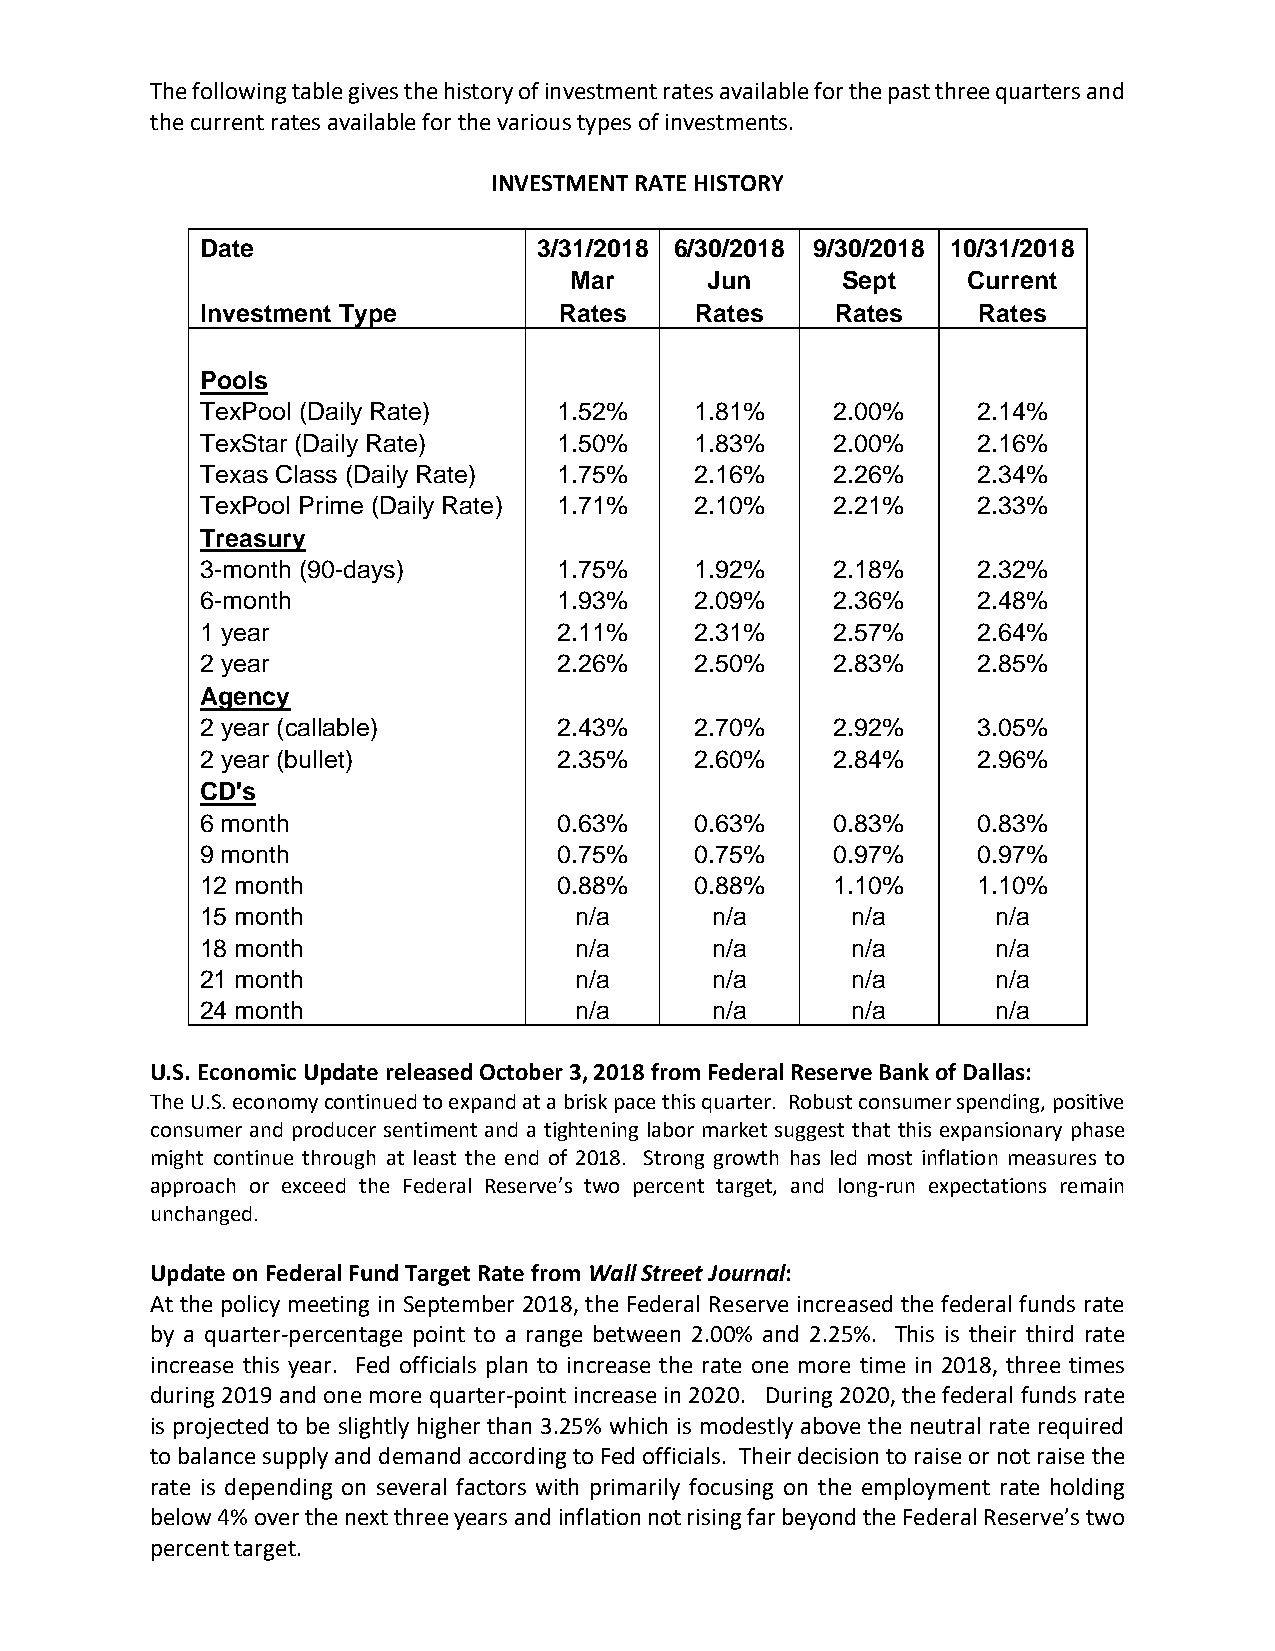
The following table gives the history of investment rates available for the past three quarters and
 the current rates available for the various types of investments.
 INVESTMENT RATE HISTORY
 Date                   3/31/2018 6/30/2018 9/30/2018 10/31/2018
 Mar      Jun      Sept    Current
 Investment Type         Rates    Rates    Rates     Rates
 Pools
 TexPool (Daily Rate)    1.52%    1.81%    2.00%     2.14%
 TexStar (Daily Rate)    1.50%    1.83%    2.00%     2.16%
 Texas Class (Daily Rate) 1.75%   2.16%    2.26%     2.34%
 TexPool Prime (Daily Rate) 1.71% 2.10%    2.21%     2.33%
 Treasury
 3-month (90-days)       1.75%    1.92%    2.18%     2.32%
 6-month                 1.93%    2.09%    2.36%     2.48%
 1 year                  2.11%    2.31%    2.57%     2.64%
 2 year                  2.26%    2.50%    2.83%     2.85%
 Agency
 2 year (callable)       2.43%    2.70%    2.92%     3.05%
 2 year (bullet)         2.35%    2.60%    2.84%     2.96%
 CD's
 6 month                 0.63%    0.63%    0.83%     0.83%
 9 month                 0.75%    0.75%    0.97%     0.97%
 12 month                0.88%    0.88%    1.10%     1.10%
 15 month                 n/a      n/a      n/a       n/a
 18 month                 n/a      n/a      n/a       n/a
 21 month                 n/a      n/a      n/a       n/a
 24 month                 n/a      n/a      n/a       n/a
 U.S. Economic Update released October 3, 2018 from Federal Reserve Bank of Dallas:
 The U.S. economy continued to expand at a brisk pace this quarter. Robust consumer spending, positive
 consumer and producer sentiment and a tightening labor market suggest that this expansionary phase
 might continue through at least the end of 2018. Strong growth has led most inflation measures to
 approach or exceed the Federal Reserve’s two percent target, and long-run expectations remain
 unchanged.
 Update on Federal Fund Target Rate from Wall Street Journal:
 At the policy meeting in September 2018, the Federal Reserve increased the federal funds rate
 by a quarter-percentage point to a range between 2.00% and 2.25%. This is their third rate
 increase this year. Fed officials plan to increase the rate one more time in 2018, three times
 during 2019 and one more quarter-point increase in 2020. During 2020, the federal funds rate
 is projected to be slightly higher than 3.25% which is modestly above the neutral rate required
 to balance supply and demand according to Fed officials. Their decision to raise or not raise the
 rate is depending on several factors with primarily focusing on the employment rate holding
 below 4% over the next three years and inflation not rising far beyond the Federal Reserve’s two
 percent target.